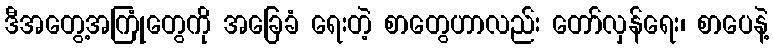
ဒီအတွေ့အကြုံတွေကို အခြေခံ ရေးတဲ့ စာတွေဟာလည်း တော်လှန်ရေး၊ စာပေနဲ့